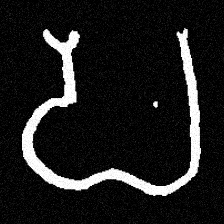
Pyu character \u2014 Myanmar letter: ပ (romanized: pa)